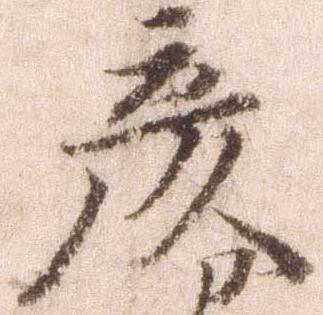
彦